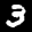
Label: 3